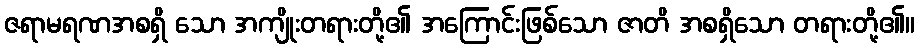
ဇရာမရဏအစရှိ သော အကျိုးတရားတို့၏ အကြောင်းဖြစ်သော ဇာတိ အစရှိသော တရားတို့၏။